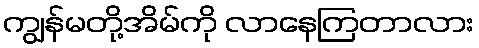
ကျွန်မတို့အိမ်ကို လာနေကြတာလား